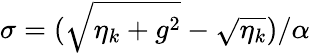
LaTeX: \sigma=(\sqrt{\eta_{k}+g^{2}}-\sqrt{\eta_{k}})/\alpha